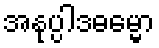
အနုပ္ပါဒဓမ္မော